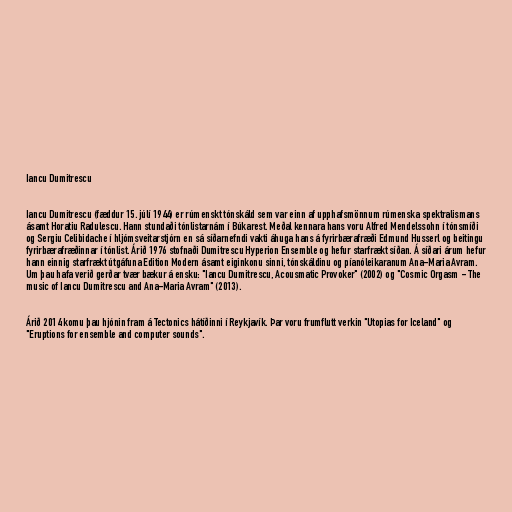
Iancu Dumitrescu

Iancu Dumitrescu (fæddur 15. júlí 1944) er rúmenskt tónskáld sem var einn af upphafsmönnum rúmenska spektralismans
ásamt Horatiu Radulescu. Hann stundaði tónlistarnám í Búkarest. Meðal kennara hans voru Alfred Mendelssohn í tónsmíði
og Sergiu Celibidache í hljómsveitarstjórn en sá síðarnefndi vakti áhuga hans á fyrirbærafræði Edmund Husserl og beitingu
fyrirbærafræðinnar í tónlist. Árið 1976 stofnaði Dumitrescu Hyperion Ensemble og hefur starfrækt síðan. Á síðari árum hefur
hann einnig starfrækt útgáfuna Edition Modern ásamt eiginkonu sinni, tónskáldinu og píanóleikaranum Ana-Maria Avram.
Um þau hafa verið gerðar tvær bækur á ensku: "Iancu Dumitrescu, Acousmatic Provoker" (2002) og "Cosmic Orgasm - The
music of Iancu Dumitrescu and Ana-Maria Avram" (2013).

Árið 2014 komu þau hjónin fram á Tectonics hátíðinni í Reykjavík. Þar voru frumflutt verkin "Utopias for Iceland" og
"Eruptions for ensemble and computer sounds".